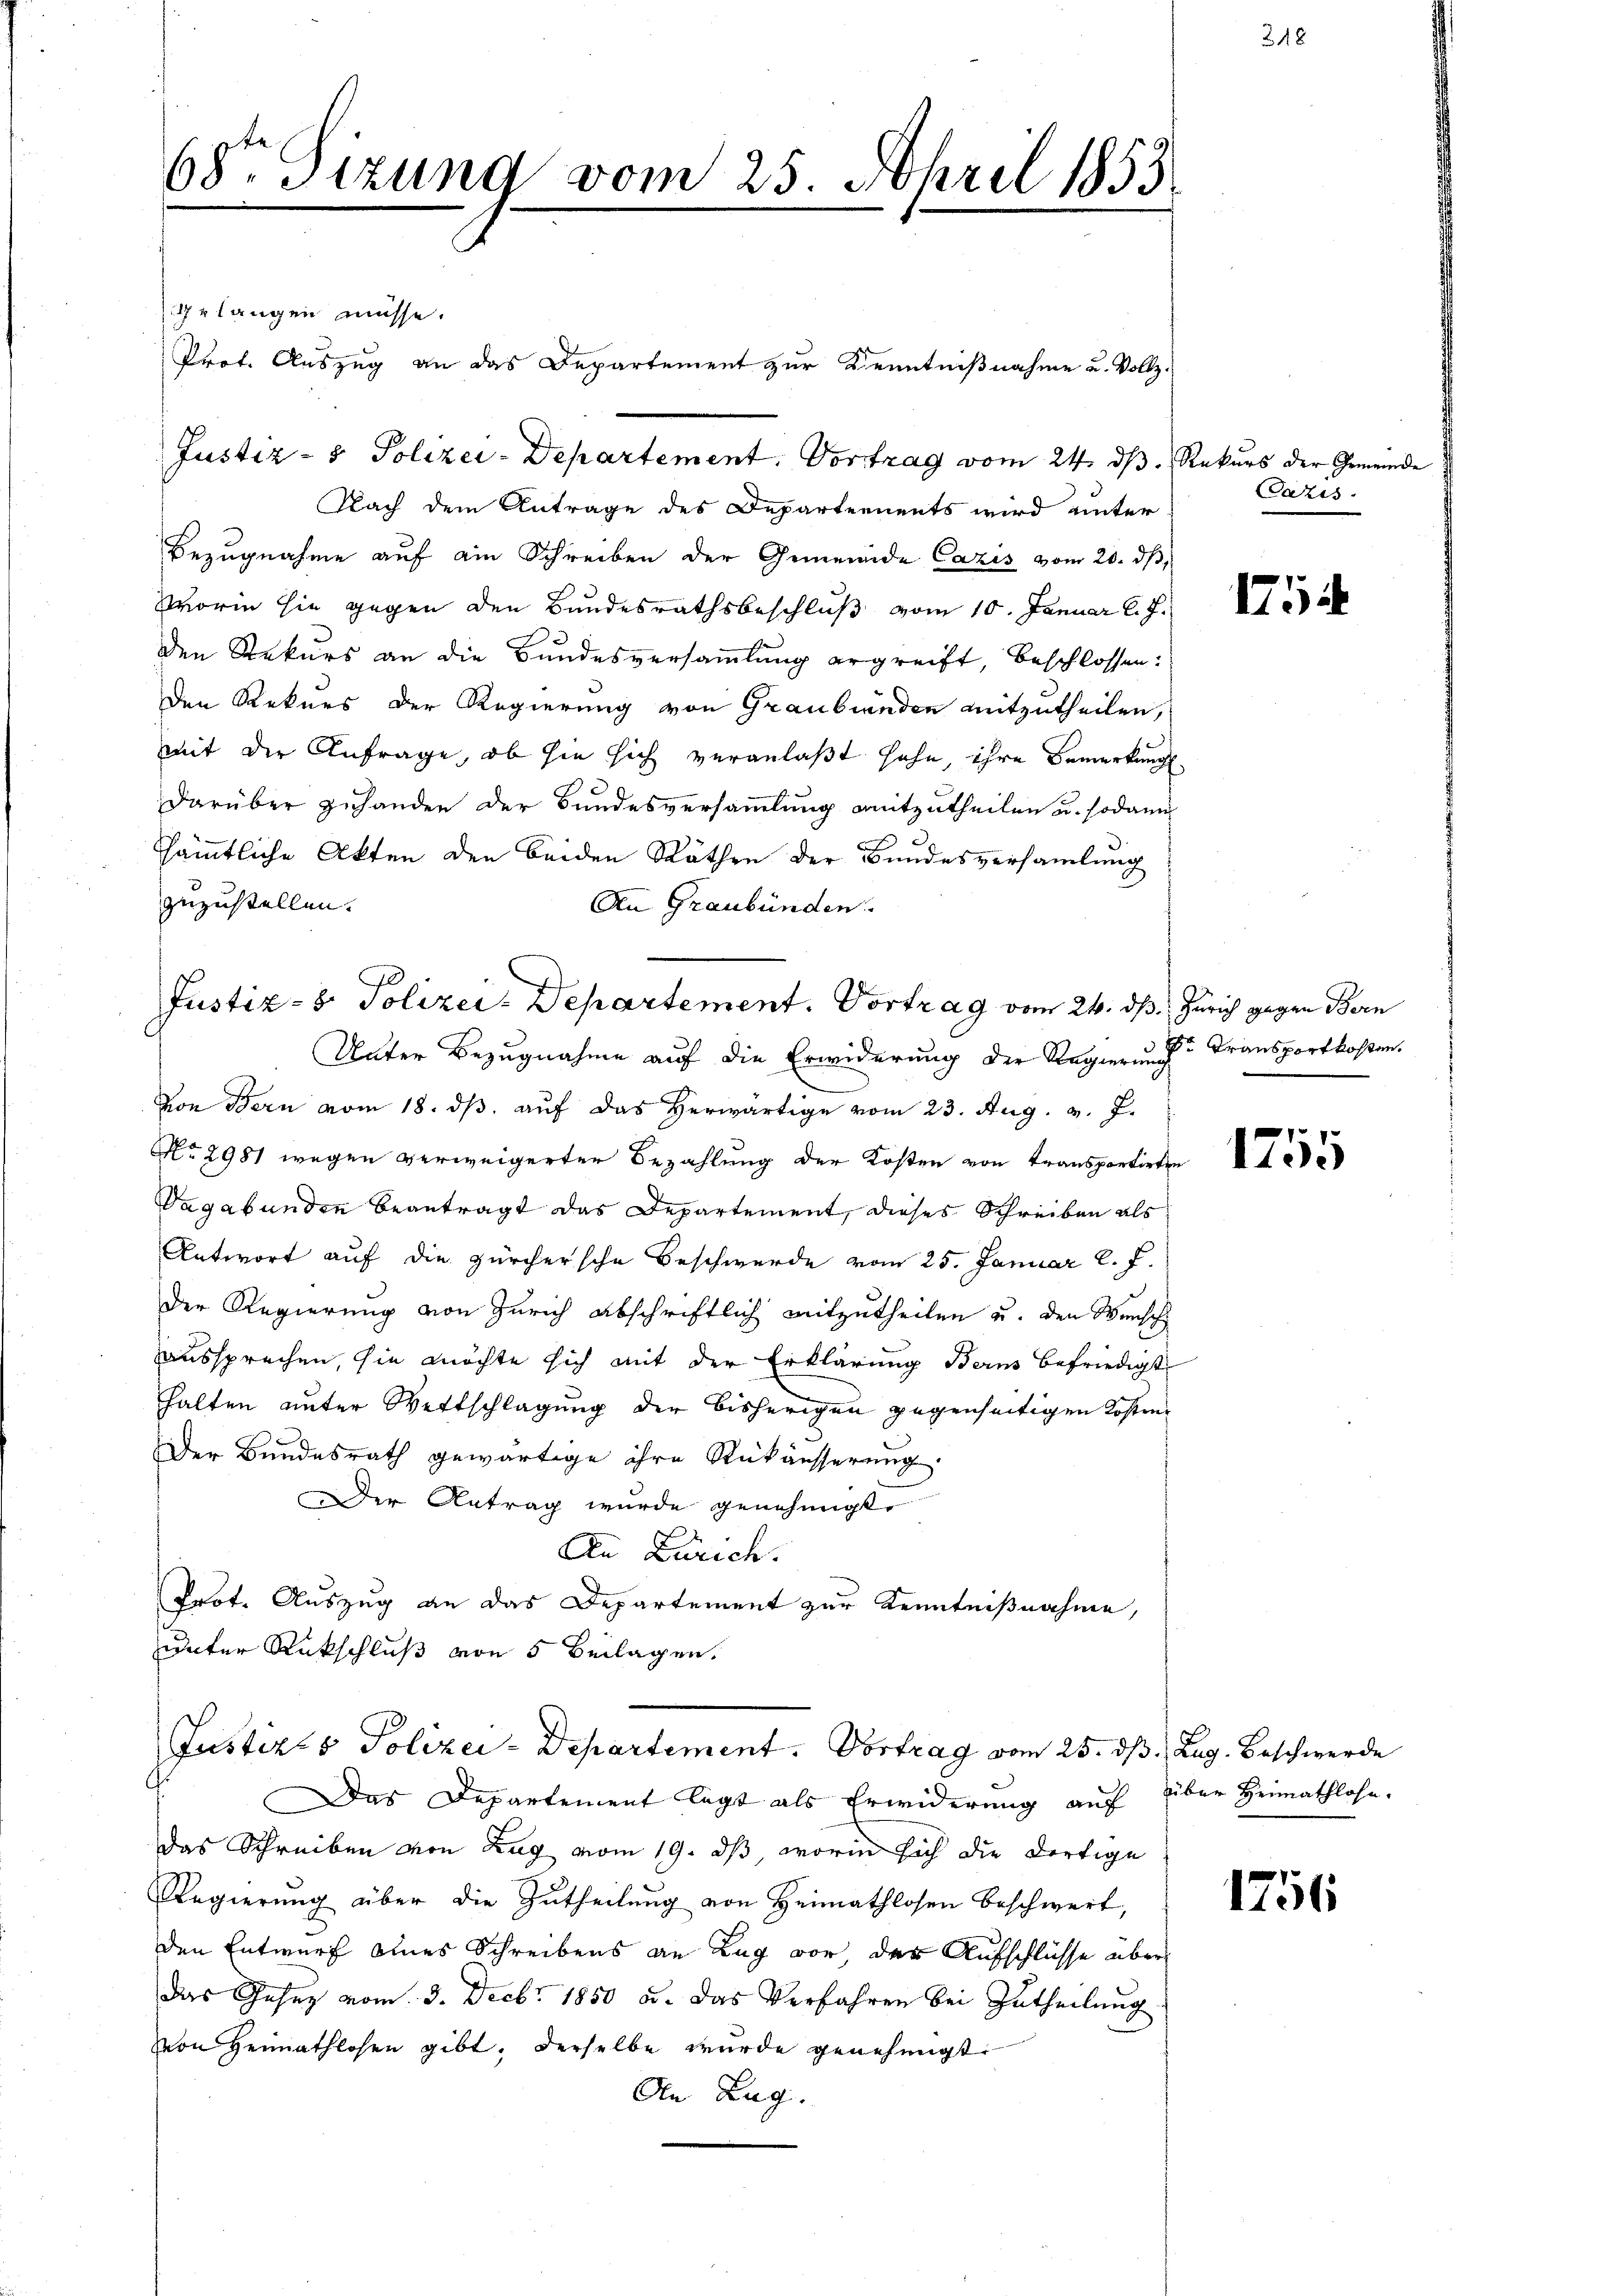
68ten Sizung vom 25. April 1853.

ulangen müsse.
Prof. Auszug an das Departement zur Kenntnißnahme u. Vollz.
Justiz- & Polizei-Departement. Vortrag vom 24. ds. Rekurs der Gemeinde
Nach dem Antrage des Departements wird unter
Bezugnahme auf ein Schreiben der Gemeinde Cazis vom 20. ds,
worin sie gegen den Bundesrathsbeschluß vom 10. Januar l. J.
den Rekurs an die Bundesversammlung ergreift, beschlossen:
Den Rekurs der Regierung von Graubünden mitzutheilen,
mit der Anfrage, ob sie sich veranlaßt hahe, ihre Bemerkung
darüber zuhanden der Bundesversammlung mitzutheilen u. sodann
sämtliche Akten den beiden Räthen der Bundesversammlung
zuzustellen.
An Graubünden.

Justiz- & Polizei-Departement. Vortrag vom 24. dß. Zürich gegen Bern

Unter Bezugnahme auf die Erwiderung der Regierunge Transportkosten.
von Bern vom 18. dβ aŭf das herwärtige vom 23. Aug. v. J.
No 2981 wegen verweigerten Bezahlung der Kosten von Transportirten
Vagabunden beantragt das Departement, dieses Schreiben als
Antwort auf die zürchersche Beschwerde vom 25. Januar l. J.
Der Regierung von Zürich abschriftlich mitzutheilen u. den Wunsch
aussprechen, sie möchte sich mit der Erklärung Bern befriedigt
halten unter Wettschlagung der bisherigen gegenseitigen Kosten
Der Bundesrath gewärtige ihre Rückäusserung.
Der Antrag wurde genehmigt.
An Zürich.
Prot. Auszug an das Departement zur Kenntnißnahme,
unter Rückschluß von 5 Beilagen.

Justizes Polizei-Departement. Vortrag vom 25. dß. Zug. Beschwerde

Das Departement legt als Erwiderung auf über Heimathlohn.
Das Schreiben von Zug vom 19. ds, worin sich die dortige
Regierung über die Zutheilung von Heimathlosen Beschwert,
den Entwurf eines Schreibens an Lag vor, der Aufschlüsse über
das Josez vom 3. Decbr. 1850 u. das Verfahren bei Zutheilung
von Heimathlosen gibt, derselbe wurde genehmigt.
An Lag

Caris.

1754

1755

1756